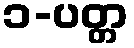
၁-ပတ္တ